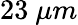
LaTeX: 23\ \mu m